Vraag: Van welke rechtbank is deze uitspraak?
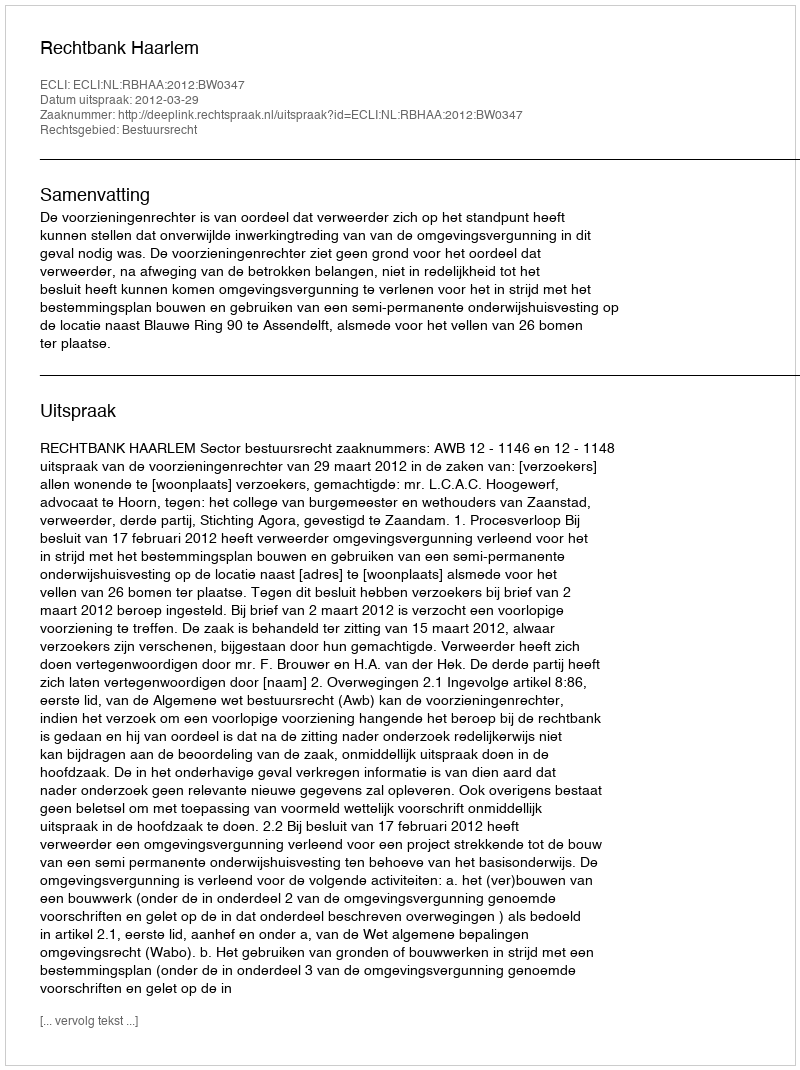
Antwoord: Rechtbank Haarlem